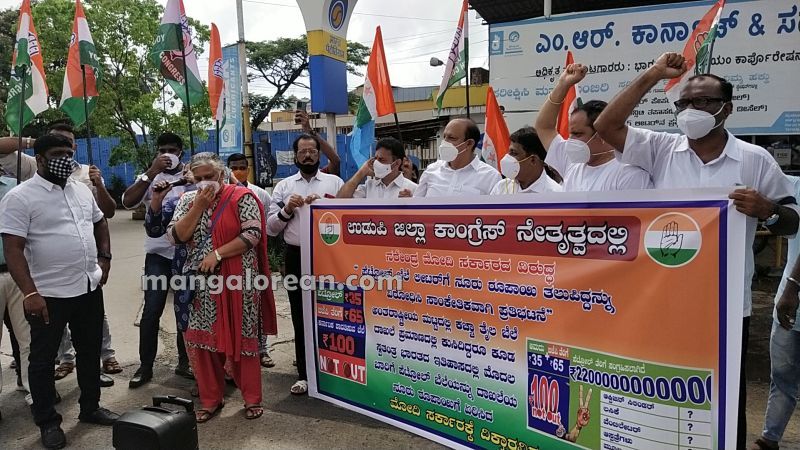
Language: kannada
Transcription: ಎಂ. ಆರ್. ನೇತೃತ್ವದಲ್ಲಿ